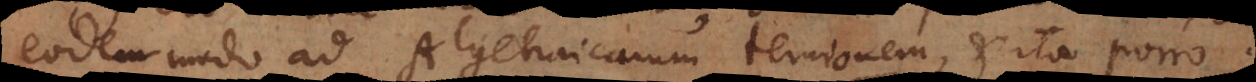
eodem modo ad Algebraicarum ternionem, et ita porro.